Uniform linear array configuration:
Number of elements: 8
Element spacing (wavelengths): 0.5
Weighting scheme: uniform
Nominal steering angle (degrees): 30
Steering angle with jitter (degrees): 29.663
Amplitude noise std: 0.05
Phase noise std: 0.05

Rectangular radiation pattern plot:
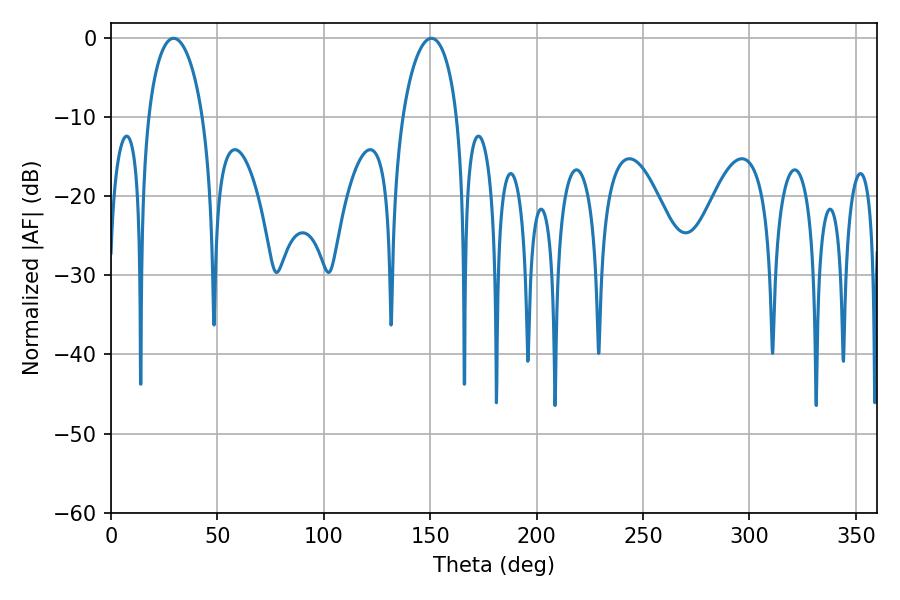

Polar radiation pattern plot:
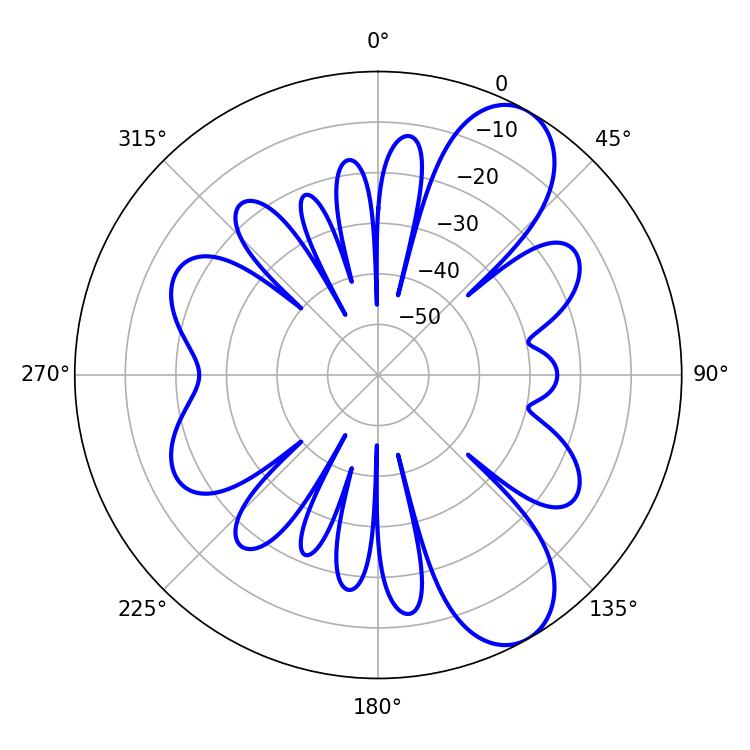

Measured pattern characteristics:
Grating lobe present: FALSE
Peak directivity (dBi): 8.89
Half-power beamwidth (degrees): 14.76
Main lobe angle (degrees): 29.52